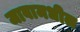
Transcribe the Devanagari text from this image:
जावामधील